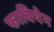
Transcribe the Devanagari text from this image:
फाबियेन